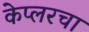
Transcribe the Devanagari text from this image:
केप्लरचा